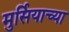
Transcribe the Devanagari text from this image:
मुर्सियाच्या